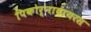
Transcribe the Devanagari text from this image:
पिकोर्नावायरस